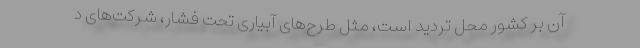
آن بر كشور محل تردید است، مثل طرح‌های آبیاری تحت فشار، شركت‌های د